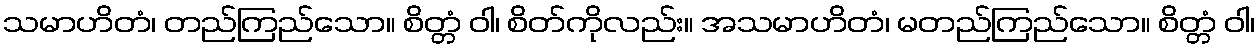
သမာဟိတံ၊ တည်ကြည်သော။ စိတ္တံ ဝါ၊ စိတ်ကိုလည်း။ အသမာဟိတံ၊ မတည်ကြည်သော။ စိတ္တံ ဝါ၊